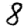
Digit: 8